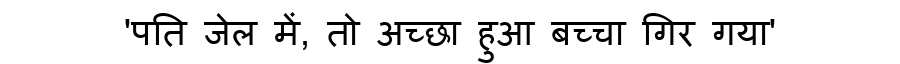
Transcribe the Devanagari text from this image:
'पति जेल में, तो अच्छा हुआ बच्चा गिर गया'